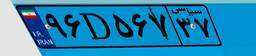
۳۶D۹۰۰۱۸